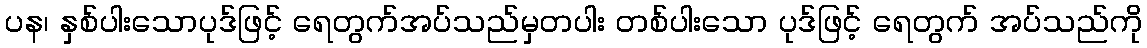
ပန၊ နှစ်ပါးသောပုဒ်ဖြင့် ရေတွက်အပ်သည်မှတပါး တစ်ပါးသော ပုဒ်ဖြင့် ရေတွက် အပ်သည်ကို